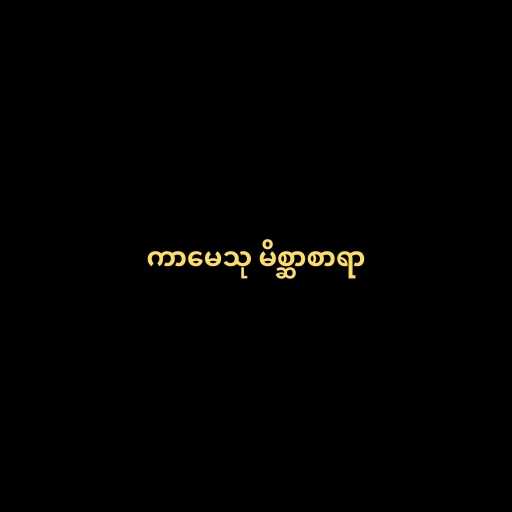
ကာမေသု မိစ္ဆာစာရာ